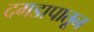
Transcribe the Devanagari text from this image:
दगडापातून